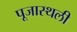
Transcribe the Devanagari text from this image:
पूजास्थली